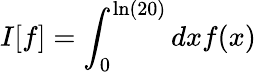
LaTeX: I[f]=\int_{0}^{\ln(20)}dxf(x)